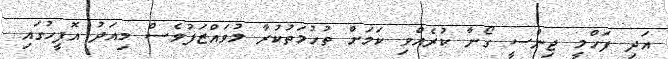
އަދި ފަހްމީ ޖިންސީ ގޯނާ ކުރެއްވި ކަމަށް ތުހުމަތުކުރާ މުވައްޒަފުވެސް މިއަދު އޮފީހުގައި